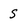
Character: S